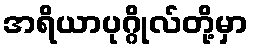
အရိယာပုဂ္ဂိုလ်တို့မှာ